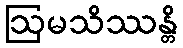
ဩမသိဿန္တိ